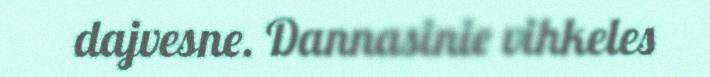
dajvesne. Dannasinie vihkeles